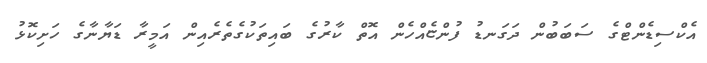
އެކްސިޑެންޓްގެ ސަބަބުން ދަގަނޑު ފުންޏެއްހެން އޮތް ކާރުގެ ބައިތަކުގެތެރެއިން އަމީރާ ޑަޔާނާގެ ހަށިކޮޅު